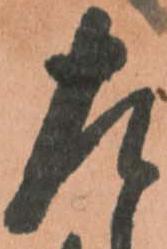
左